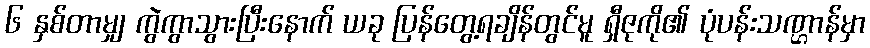
၆ နှစ်တာမျှ ကွဲကွာသွားပြီးနောက် ယခု ပြန်တွေ့ရချိန်တွင်မူ ရှီဇုကို၏ ပုံပန်းသဏ္ဌာန်မှာ